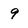
Character: 9